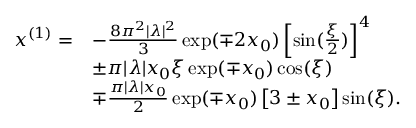
\begin{array} { r l } { x ^ { ( 1 ) } = } & { - \frac { 8 \pi ^ { 2 } | \lambda | ^ { 2 } } { 3 } \exp ( \mp 2 x _ { 0 } ) \left[ \sin ( \frac { \xi } { 2 } ) \right] ^ { 4 } } \\ & { \pm \pi | \lambda | x _ { 0 } \xi \exp ( \mp x _ { 0 } ) \cos ( \xi ) } \\ & { \mp \frac { \pi | \lambda | x _ { 0 } } { 2 } \exp ( \mp x _ { 0 } ) \left[ 3 \pm x _ { 0 } \right] \sin ( \xi ) . } \end{array}